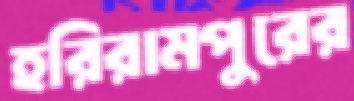
হরিরামপুরের